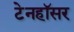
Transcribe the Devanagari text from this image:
टेनहॉसर